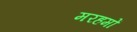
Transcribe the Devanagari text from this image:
मरहमों